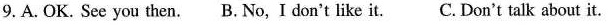
9.A. OK. See you then. B.No, I don't like it. C. Don't talk about it.